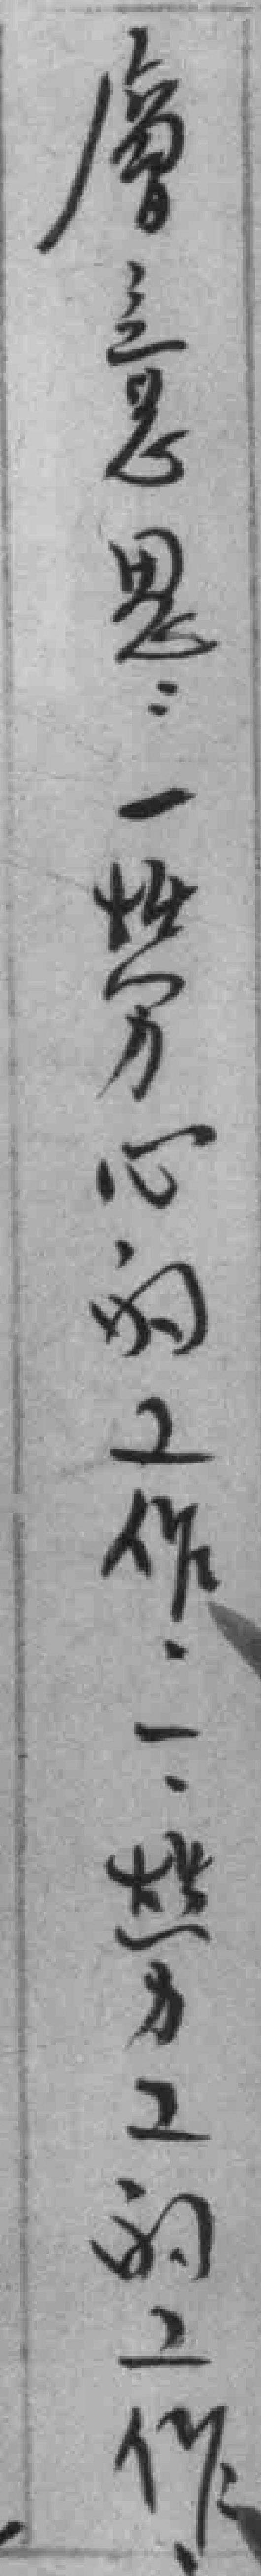
層意思一勞心的工作二勞工的工作